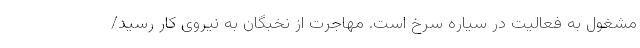
مشغول به فعالیت در سیاره سرخ است. مهاجرت از نخبگان به نیروی کار رسید/